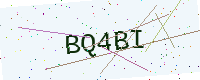
Text: BQ4BI